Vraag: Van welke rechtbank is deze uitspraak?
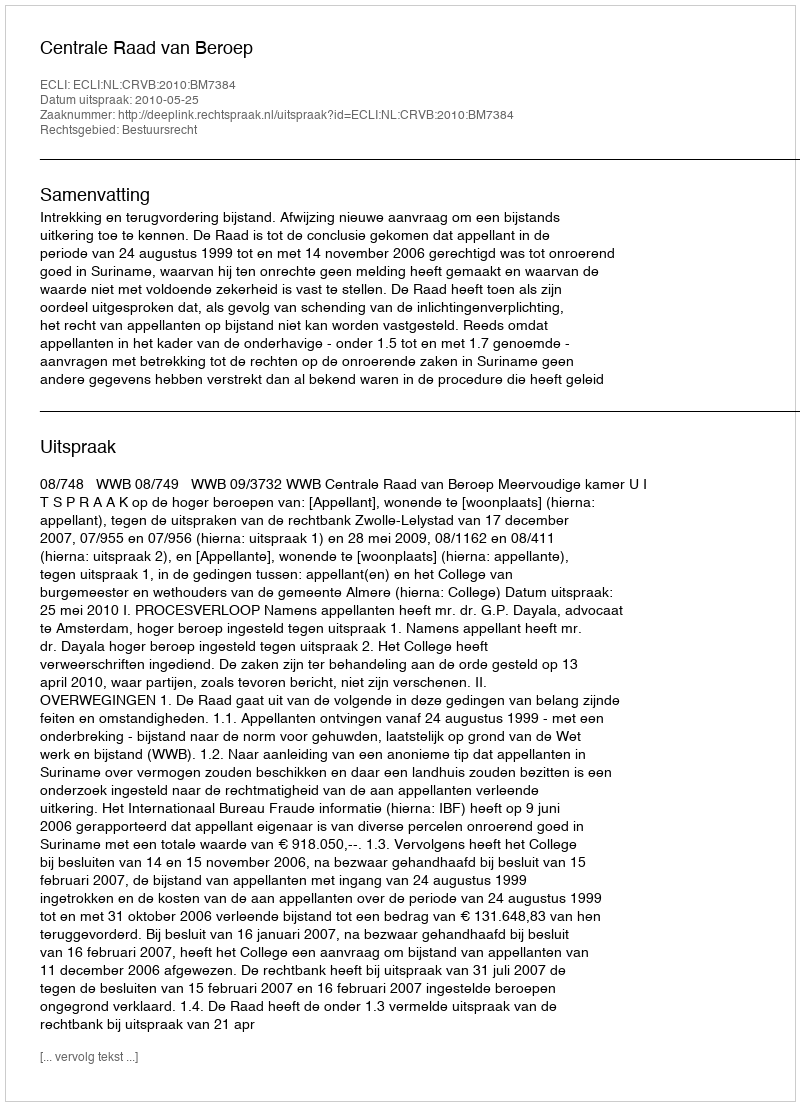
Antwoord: Centrale Raad van Beroep